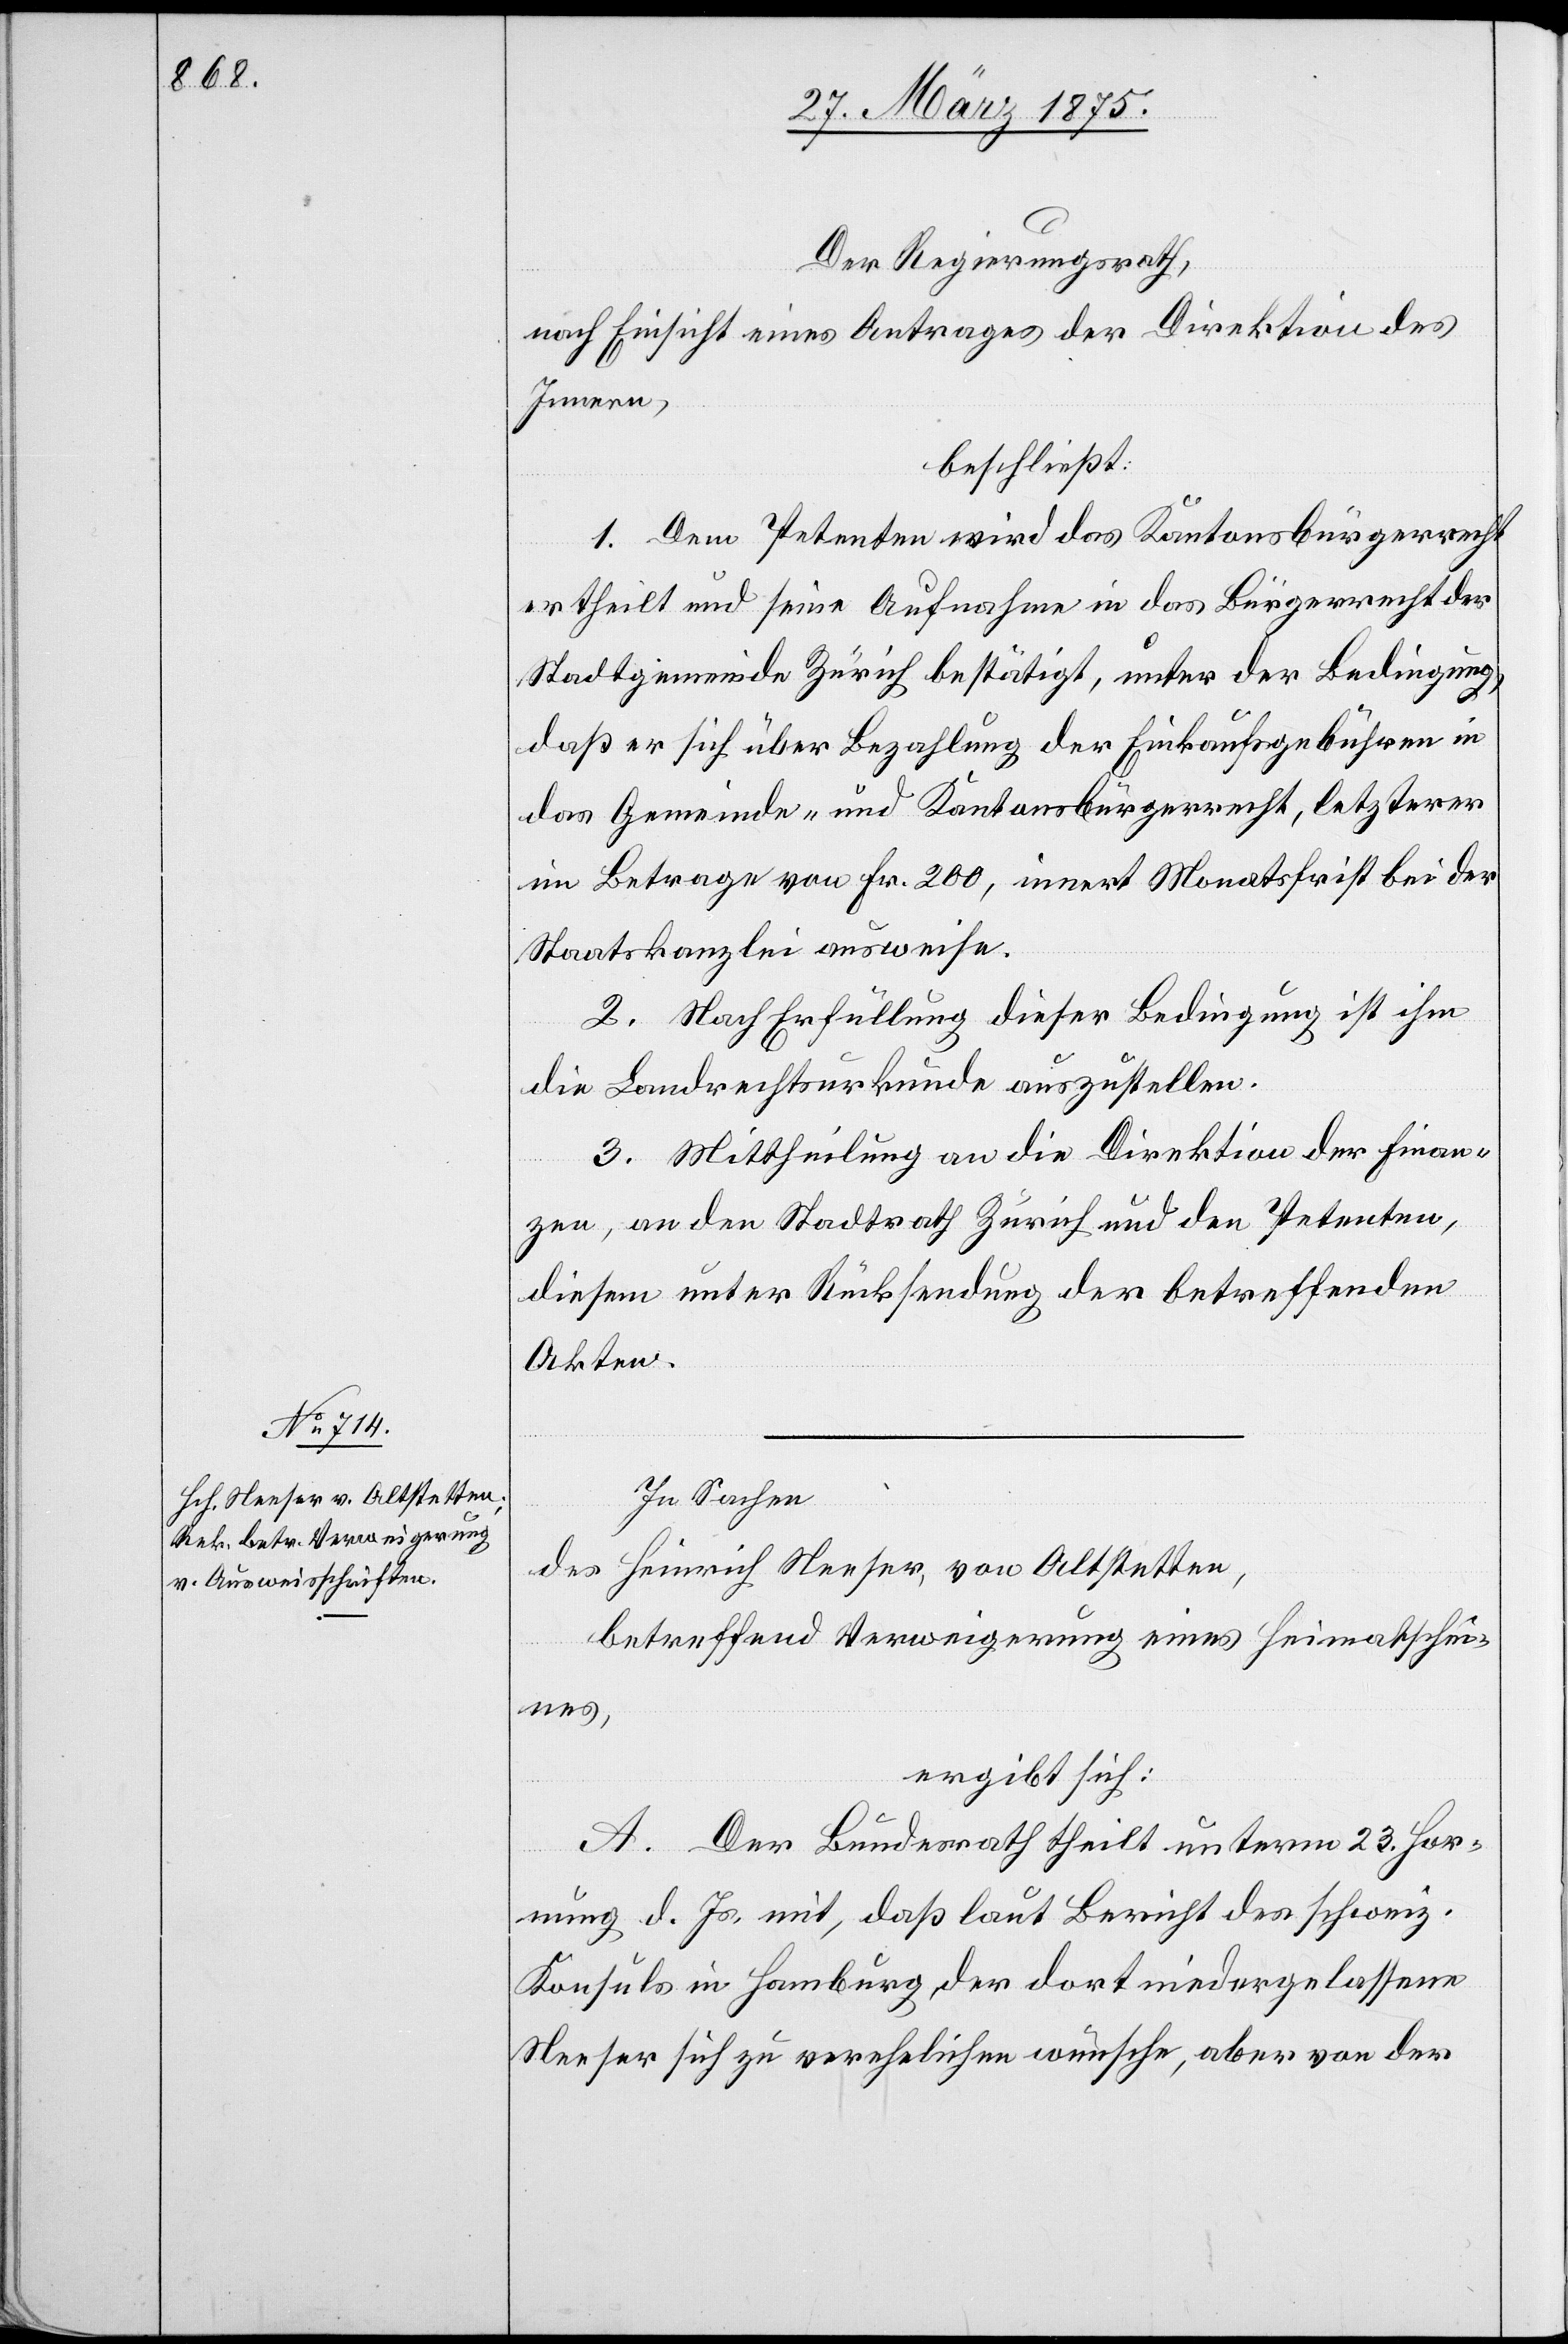
In Sachen
des Heinrich Neeser, von Affoltern,
betreffend Verweigerung eines Heimatschei¬
nes,
ergibt sich:
A. Der Bundesrath theilt unterm 23. Hor¬
nung d. Js. mit, daß laut Bericht des schweiz.
Konsuls in Hamburg , der dort niedergelassene
Neeser sich zu verehelichen wünsche, aber von der